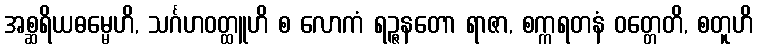
အစ္ဆရိယဓမ္မေဟိ, သင်္ဂဟဝတ္ထူဟိ စ လောကံ ရဉ္ဇနတော ရာဇာ, စက္ကရတနံ ဝတ္တေတိ, စတူဟိ